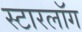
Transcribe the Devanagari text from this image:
स्टारलॉग